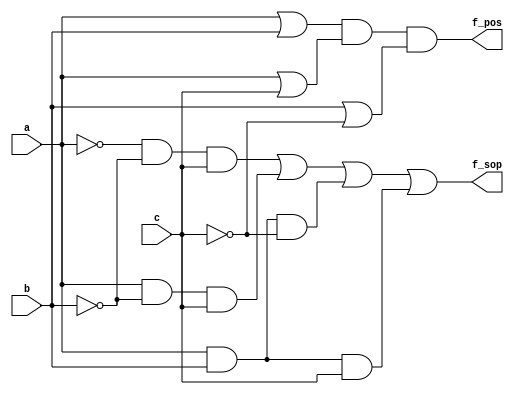
module combinational_logic (
    input wire a,      // Input A
    input wire b,      // Input B
    input wire c,      // Input C
    output wire f_sop, // Output for Sum of Products
    output wire f_pos  // Output for Product of Sums
);

// Sum of Products (SOP) Implementation
// Example: f(a, b, c) = A'B'C + AB'C + ABC' + ABC
assign f_sop = (~a & ~b & c) | (a & ~b & c) | (a & b & ~c) | (a & b & c);

// Product of Sums (POS) Implementation
// Example: f(a, b, c) = (A + B)(A + C)(B + C')
assign f_pos = (a | b) & (a | c) & (b | ~c);

endmodule